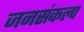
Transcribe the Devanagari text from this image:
जनसंकल्प